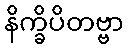
နိက္ခိပိတဗ္ဗာ